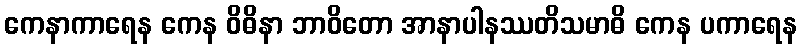
ကေနာကာရေန ကေန ဝိဓိနာ ဘာဝိတော အာနာပါနဿတိသမာဓိ ကေန ပကာရေန